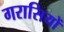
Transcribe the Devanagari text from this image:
गरासियों